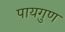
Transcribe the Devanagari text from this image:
पायगुण